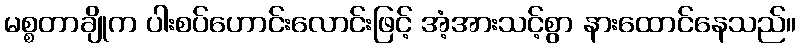
မစ္စတာချိုက ပါးစပ်ဟောင်းလောင်းဖြင့် အံ့အားသင့်စွာ နားထောင်နေသည်။